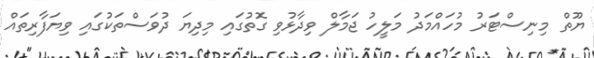
ޔޫތް މިނިސްޓަރު މުހައްމަދު މަލީހު ޖަމާލް ވިދާޅުވި ގޮތުގައި މިދިޔަ ދުވަސްތަކުގައި ވިޔަފާރިތައް